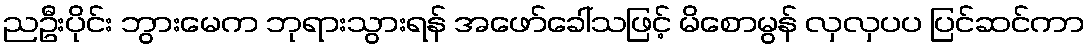
ညဦးပိုင်း ဘွားမေက ဘုရားသွားရန် အဖော်ခေါ်သဖြင့် မိစောမွန် လှလှပပ ပြင်ဆင်ကာ